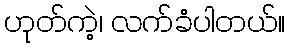
ဟုတ်ကဲ့၊ လက်ခံပါတယ်။